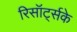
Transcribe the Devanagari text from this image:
रिसॉर्ट्सके